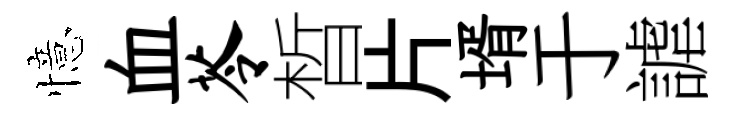
憶血苓晳片壻于謔